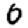
Digit: 0